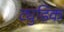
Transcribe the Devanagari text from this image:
ट्युडिक